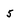
Character: 5